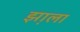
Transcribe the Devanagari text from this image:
झ़ाला